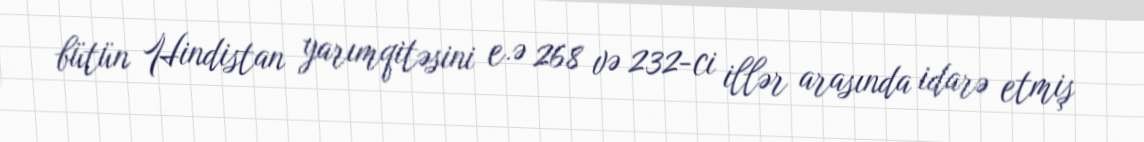
bütün Hindistan yarımqitəsini e.ə 268 və 232-ci illər arasında idarə etmiş